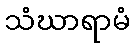
သံဃာရာမံ